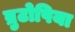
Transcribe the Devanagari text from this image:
ब्रुटोपिया